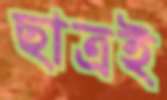
ছাত্রই